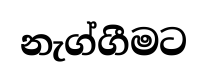
නැග්ගීමට